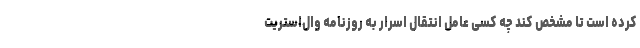
کرده است تا مشخص کند چه کسی عامل انتقال اسرار به روزنامه وال‌استریت